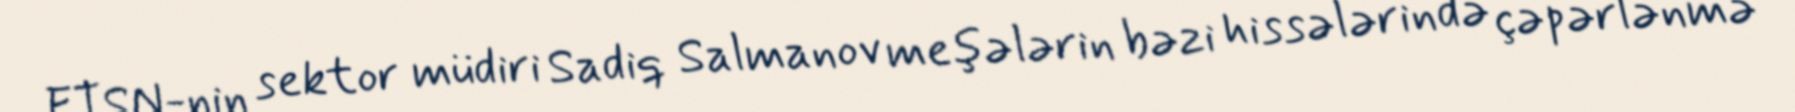
ETSN-nin sektor müdiri Sadiq Salmanov meşələrin bəzi hissələrində çəpərlənmə